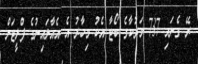
ރޭ ގެނައި 737 މަރުކާގެ ބޯޓާ އެކު މިހާރު އެ އެއާލައިނުގެ ފްލީޓަށް